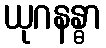
ယုဂနန္ဓာ